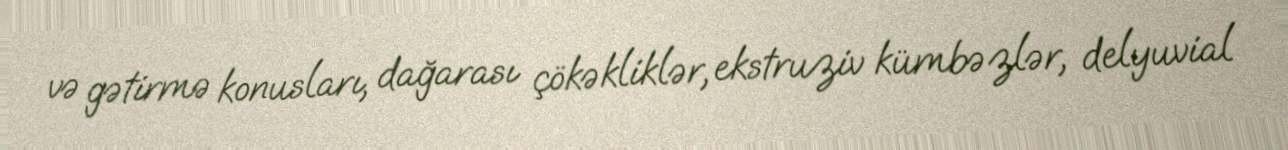
və gətirmə konusları, dağarası çökəkliklər, ekstruziv kümbəzlər, delyuvial